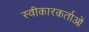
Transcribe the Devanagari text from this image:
स्वीकारकर्ताओं